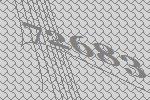
72683